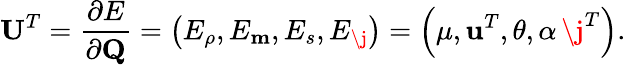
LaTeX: \mathbf{U}^{T}=\frac{\partial E}{\partial\mathbf{Q}}=\left(E_{\rho},E_{\mathbf{m}},E_{s},E_{\j}\right)=\left(\mu,\mathbf{u}^{T},\theta,\alpha\, \j^{T}\right).